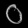
Digit: ၀